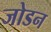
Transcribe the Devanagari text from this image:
जोडन